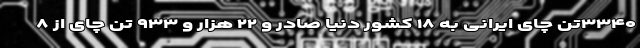
۳۳۴۰تن چای ایرانی به ۱۸ کشور دنیا صادر و ۲۲ هزار و ۹۳۳ تن چای از ۸